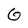
Character: G